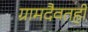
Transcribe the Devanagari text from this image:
ग्रामदैवतही